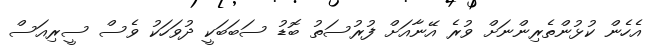
އެހެން ކުޅުންތެރިންނަށް ވުރެ އޭނާއަށް ފުރުސަތު ބޮޑު ސަބަބަކީ ދުވަހަކު ވެސް ސީރިއަސް